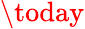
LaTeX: \today